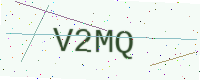
Text: V2MQ